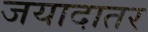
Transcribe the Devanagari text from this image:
जयादातर